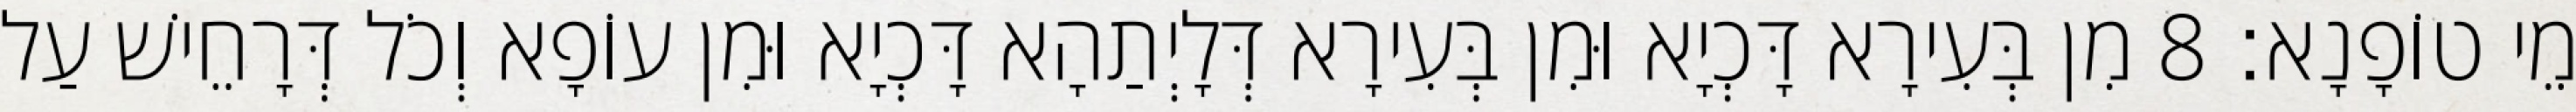
מֵי טוֹפָנָא׃ 8 מִן בְּעִירָא דָּכְיָא וּמִן בְּעִירָא דְּלָיְתַהָא דָּכְיָא וּמִן עוֹפָא וְכֹל דְּרָחֵישׁ עַל